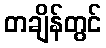
တချိန်တွင်